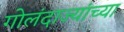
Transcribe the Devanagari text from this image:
गोलंदाज्यांच्या